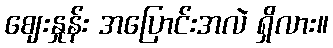
ဈေးနှုန်း အပြောင်းအလဲ ရှိလား။